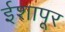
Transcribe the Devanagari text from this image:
ईशापूर